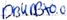
Text: DB4.DBX0.0